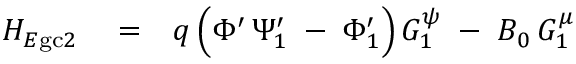
\begin{array} { r l r } { H _ { E \mathrm { g c } 2 } } & { { } = } & { q \left( \Phi ^ { \prime } \, \Psi _ { 1 } ^ { \prime } \; - \frac { } { } \Phi _ { 1 } ^ { \prime } \right) G _ { 1 } ^ { \psi } \; - \; B _ { 0 } \, G _ { 1 } ^ { \mu } } \end{array}